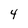
Character: 4